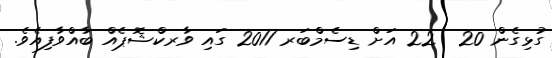
ގުޅިގެން 20  22 އަށް ޑިސެމްބަރ 2011 ގައި ވާރކްޝޮޕެއް ބާއްވާފިއެވެ.